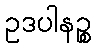
ဥဒပါနဉ္စ